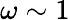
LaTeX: \omega\sim 1